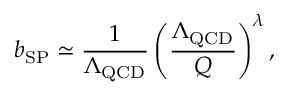
b _ { \mathrm { S P } } \simeq \frac { 1 } { \Lambda _ { \mathrm { Q C D } } } \left( \frac { \Lambda _ { \mathrm { Q C D } } } { Q } \right) ^ { \lambda } ,